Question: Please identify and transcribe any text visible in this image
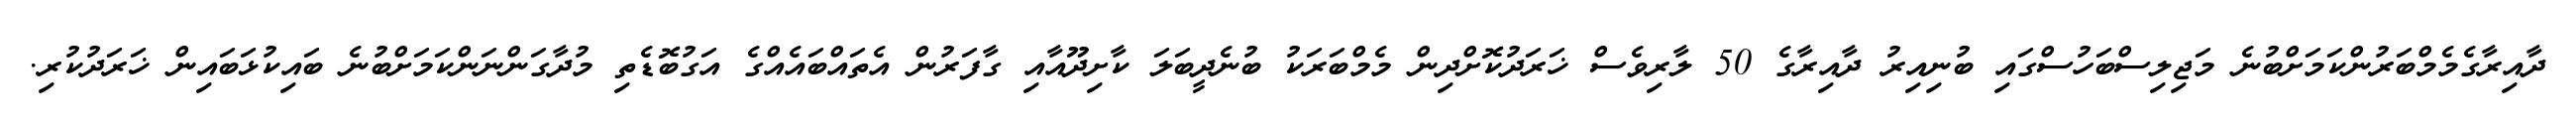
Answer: ދާއިރާގެމެމްބަރުންކަމަށްބުނެ މަޖިލިސްބަހުސްގައި ބުނިއިރު ދާއިރާގެ 50 ލާރިވެސް ޚަރަދުކޮށްދިން މެމްބަރަކު ބުނެދީބަލަ ކާށިދޫއާއި ގާފަރުން އެތައްބައެއްގެ އަގުބޮޑެތި މުދާގަންނަންކަމަށްބުނެ ބައިކުޅަބައިން ޚަރަދުކުރި.